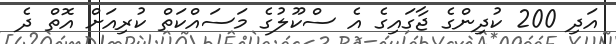
އަދި 200 ކުދިންގެ ޖާގައިގެ އެ ސްކޫލުގެ މަސައްކަތް ކުރިއަށް އޮތް ދެ